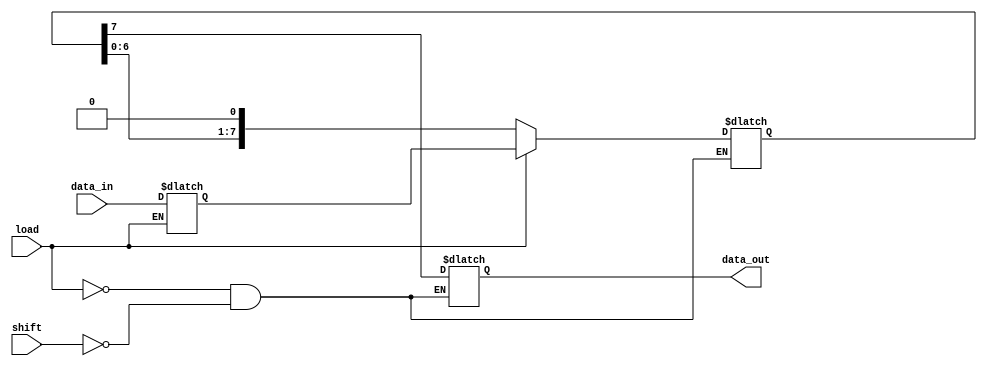
module piso_register #(
    parameter N = 8                    // Parameter for width of the register
)(
    input wire [N-1:0] data_in,       // Parallel input data bus
    input wire load,                   // Active-high load control signal
    input wire shift,                  // Active-high shift control signal
    output reg data_out                // Serial output for shifted data
);

    reg [N-1:0] shift_reg;             // Shift register to hold the data
    reg [N-1:0] data_latch;            // Latch to hold the data temporarily

    always @* begin                     // Combinational block
        if (load) begin                 // Load operation
            data_latch = data_in;      // Capture parallel input
        end
    end
    
    always @(load or shift) begin       // Asynchronous behavior on load or shift
        if (load) begin                 // If load signal is high
            shift_reg <= data_latch;    // Load the data latch into the shift register
            data_out <= shift_reg[N-1]; // Output the MSB (first to be sent out)
        end else if (shift) begin       // If shift is high
            data_out <= shift_reg[N-1]; // Output the MSB
            shift_reg <= {shift_reg[N-2:0], 1'b0}; // Shift left and fill LSB with 0
        end
    end

endmodule